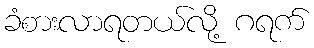
ခံစားလာရတယ်လို့ ဂရက်